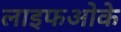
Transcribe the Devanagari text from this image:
लाइफओके